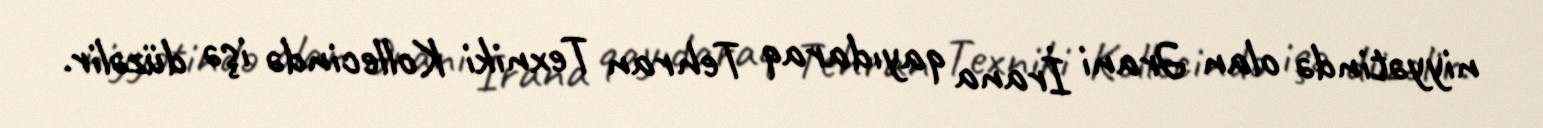
niyyətində olan Ərani İrana qayıdaraq Tehran Texniki Kollecində işə düzəlir.